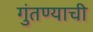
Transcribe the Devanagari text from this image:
गुंतण्याची